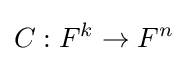
C:F^{k}\to F^{n}